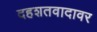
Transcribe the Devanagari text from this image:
दहशतवादावर